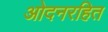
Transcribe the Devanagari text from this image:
ओदनरहित